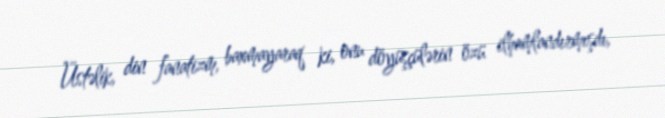
Üstəlik, din fanatizm, baxmayaraq ki, onu döyüşçülərin özü ilhamlandırmışdı,